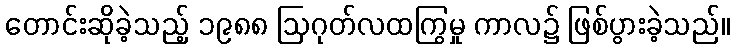
တောင်းဆိုခဲ့သည့် ၁၉၈၈ ဩဂုတ်လထကြွမှု ကာလ၌ ဖြစ်ပွားခဲ့သည်။